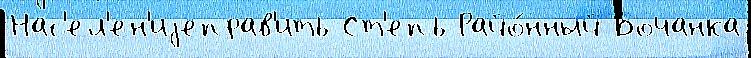
Нас'ел'ен'иjеправ'ить Ст'епь Райо́нный Бочанка